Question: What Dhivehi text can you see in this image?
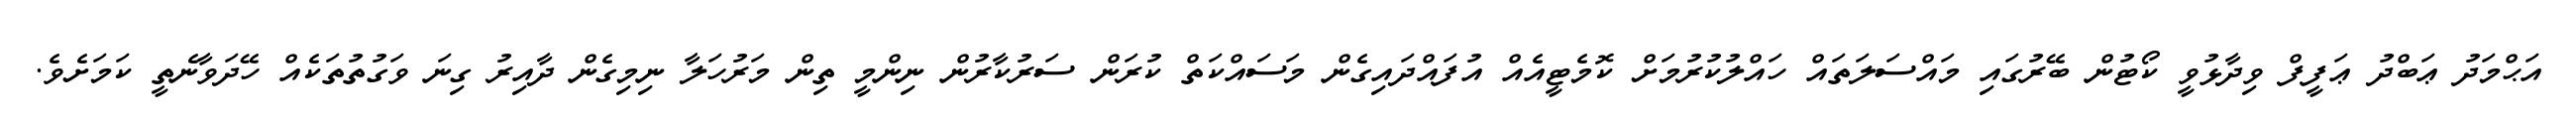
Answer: އަޙްމަދު ޢަބްދު ޢަފީފް ވިދާޅުވީ ކޯޓުން ބޭރުގައި މައްސަލަތައް ހައްލުކުރުމަށް ކޮމެޓީއެއް އުފައްދައިގެން މަސައްކަތް ކުރަން ސަރުކާރުން ނިންމީ ތިން މަރުހަލާ ނިމިގެން ދާއިރު ގިނަ ވަގުތުތަކެއް ހޭދަވާނެތީ ކަމަށެވެ.